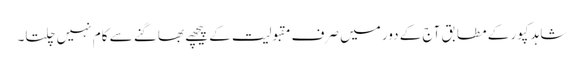
شاہد کپور کے مطابق آج کے دور میں صرف مقبولیت کے پیچھے بھاگنے سے کام نہیں چلتا۔